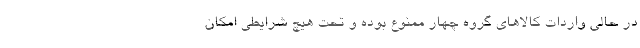
در حالی واردات کالاهای گروه چهار ممنوع بوده و تحت هیچ شرایطی امکان